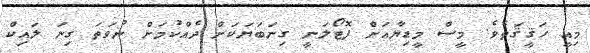
މިއީ ހަޤީޤަތެވެ. މީސް މީޑިޔާއަށް ފޮޓޯލަނީ ގިނަބަޔަކަށް ދެއްކުމަށް ނުވަތަ ގިނަ ލައިކް